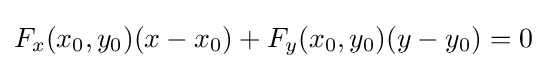
F_{x}(x_{0},y_{0})(x-x_{0})+F_{y}(x_{0},y_{0})(y-y_{0})=0